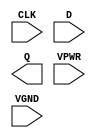
module sky130_fd_sc_hs__dfxtp (
    CLK ,
    D   ,
    Q   ,
    VPWR,
    VGND
);

    input  CLK ;
    input  D   ;
    output Q   ;
    input  VPWR;
    input  VGND;
endmodule